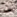
كل